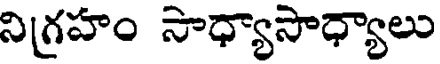
నిగ్రహం సాధ్యాసాధ్యాలు